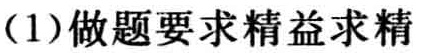
(1)做题要求精益求精